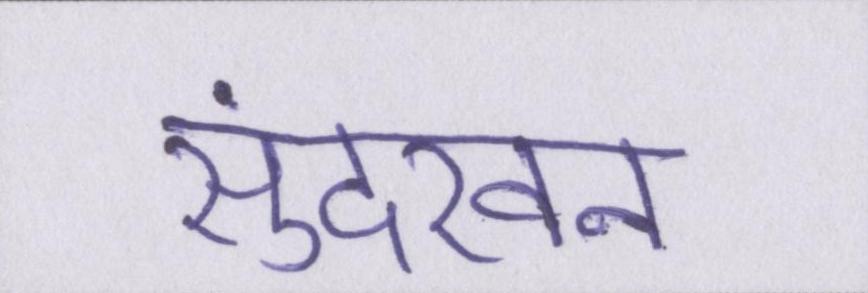
सुंदरवन